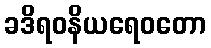
ခဒိရဝနိယရေဝတော